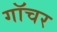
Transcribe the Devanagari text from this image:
गॉचर